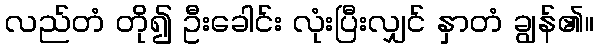
လည်တံ တို၍ ဦးခေါင်း လုံးပြီးလျှင် နှာတံ ချွန်၏။